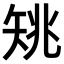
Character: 𥎺